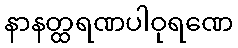
နာနတ္ထရဏပါဝုရဏေ